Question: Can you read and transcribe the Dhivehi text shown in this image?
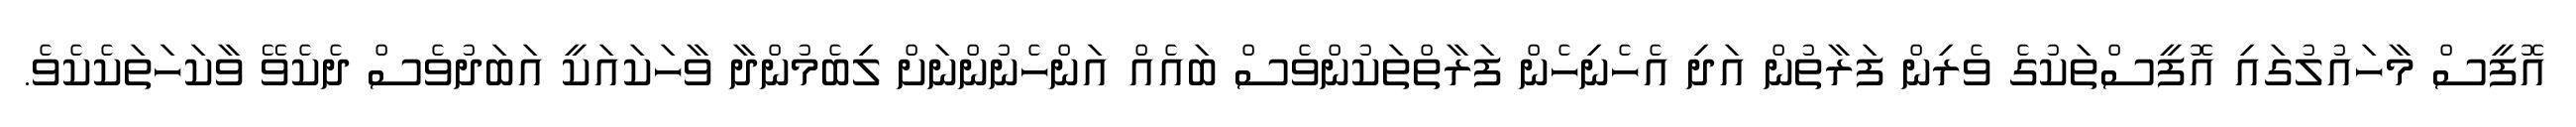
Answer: އޮފީސް މާހައުލުގައި އޮފީސްތަކުގެ ވެރިން ފަރާތުން އަދި އެހެނިހެން ފަރާތްތަކުންވެސް ބައެއް އަންހެނުންނަށް ލިބެމުންދާ ވާހަކައަކީ އަބަދުވެސް ދެކެވޭ ވާކަހަތަކެކެވެ.